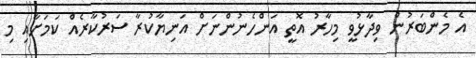
އެ މެންބަރުން ވިދާޅުވީ މިހާރު އޮތީ އަންހެނުންނަށް އަނިޔާކުރާ ސަރުކާރެއް ކަމަށާއި މި